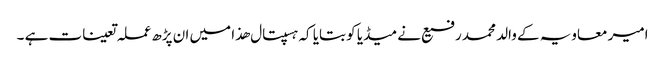
امیر معاویہ کے والد محمد رفیع نے میڈیا کو بتایا کہ ہسپتال ھذا میں ان پڑھ عملہ تعینات ہے ۔